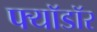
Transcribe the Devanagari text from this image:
फ्यॉडॉर